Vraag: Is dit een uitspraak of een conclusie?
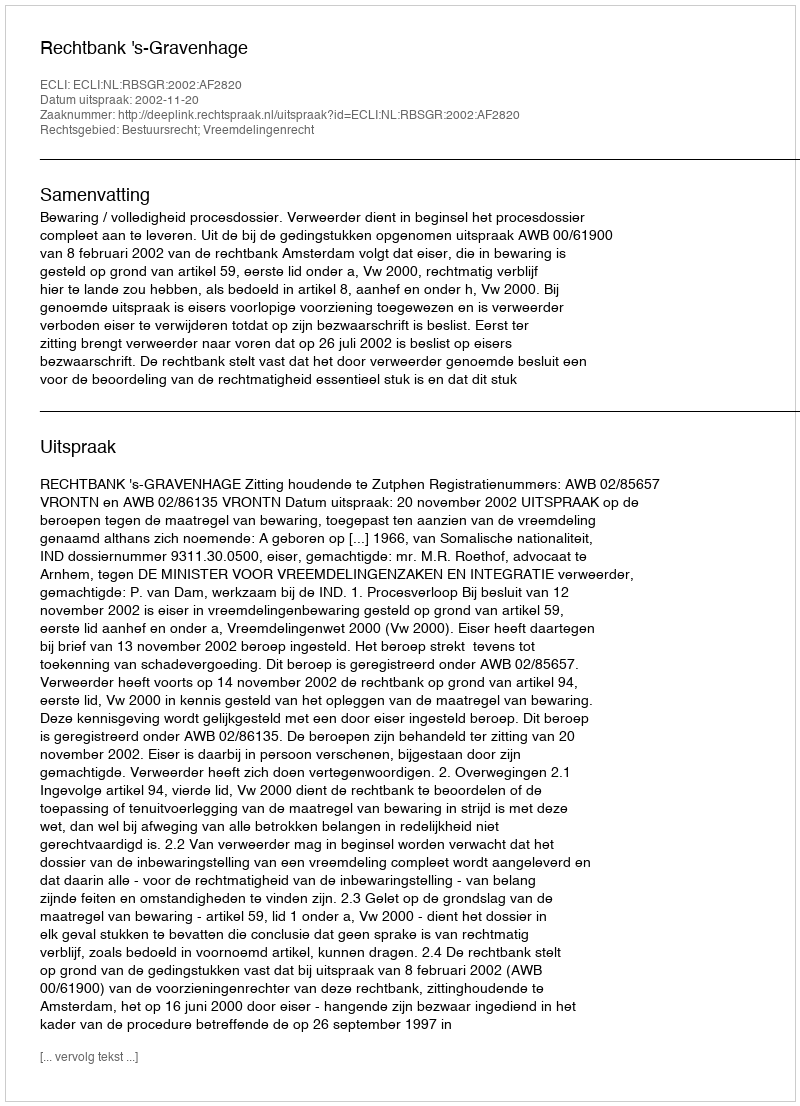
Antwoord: Uitspraak